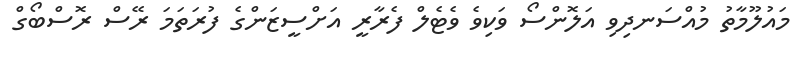
މައުލޫމާތު މުއްސަނދިވި އަލޮންސޯ ވަކިވެ ވެޓެލް ފެރާރީ އަށްސީޒަންގެ ފުރަތަމަ ރޭސް ރޮސްބޯގް